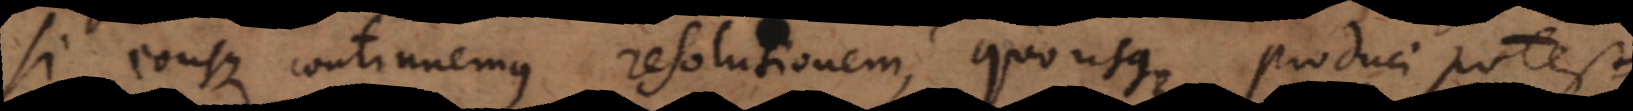
si eousque continuemus resolutionem, quousque produci potest,